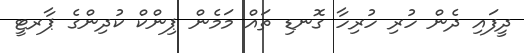
ދީފައި ދެން ހުރި ހުރިހާ ގޮނޑި ތައް މަމެން ޕިންކް ކުދިންގެ ޕާރޓީ